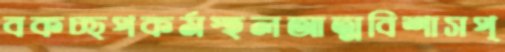
বকচ্ছপকর্মস্হলআত্মবিশাসপ্